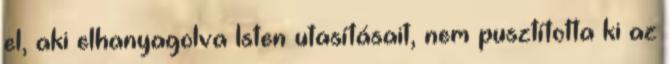
el, aki elhanyagolva Isten utasításait, nem pusztította ki az